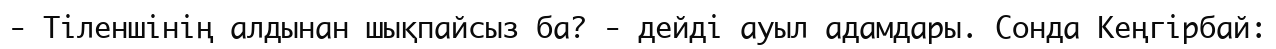
-	Тіленшінің алдынан шықпайсыз ба? - дейді ауыл адамдары. Сонда Кеңгірбай: